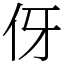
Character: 伢